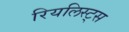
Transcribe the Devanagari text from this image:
रियलिस्ट्स